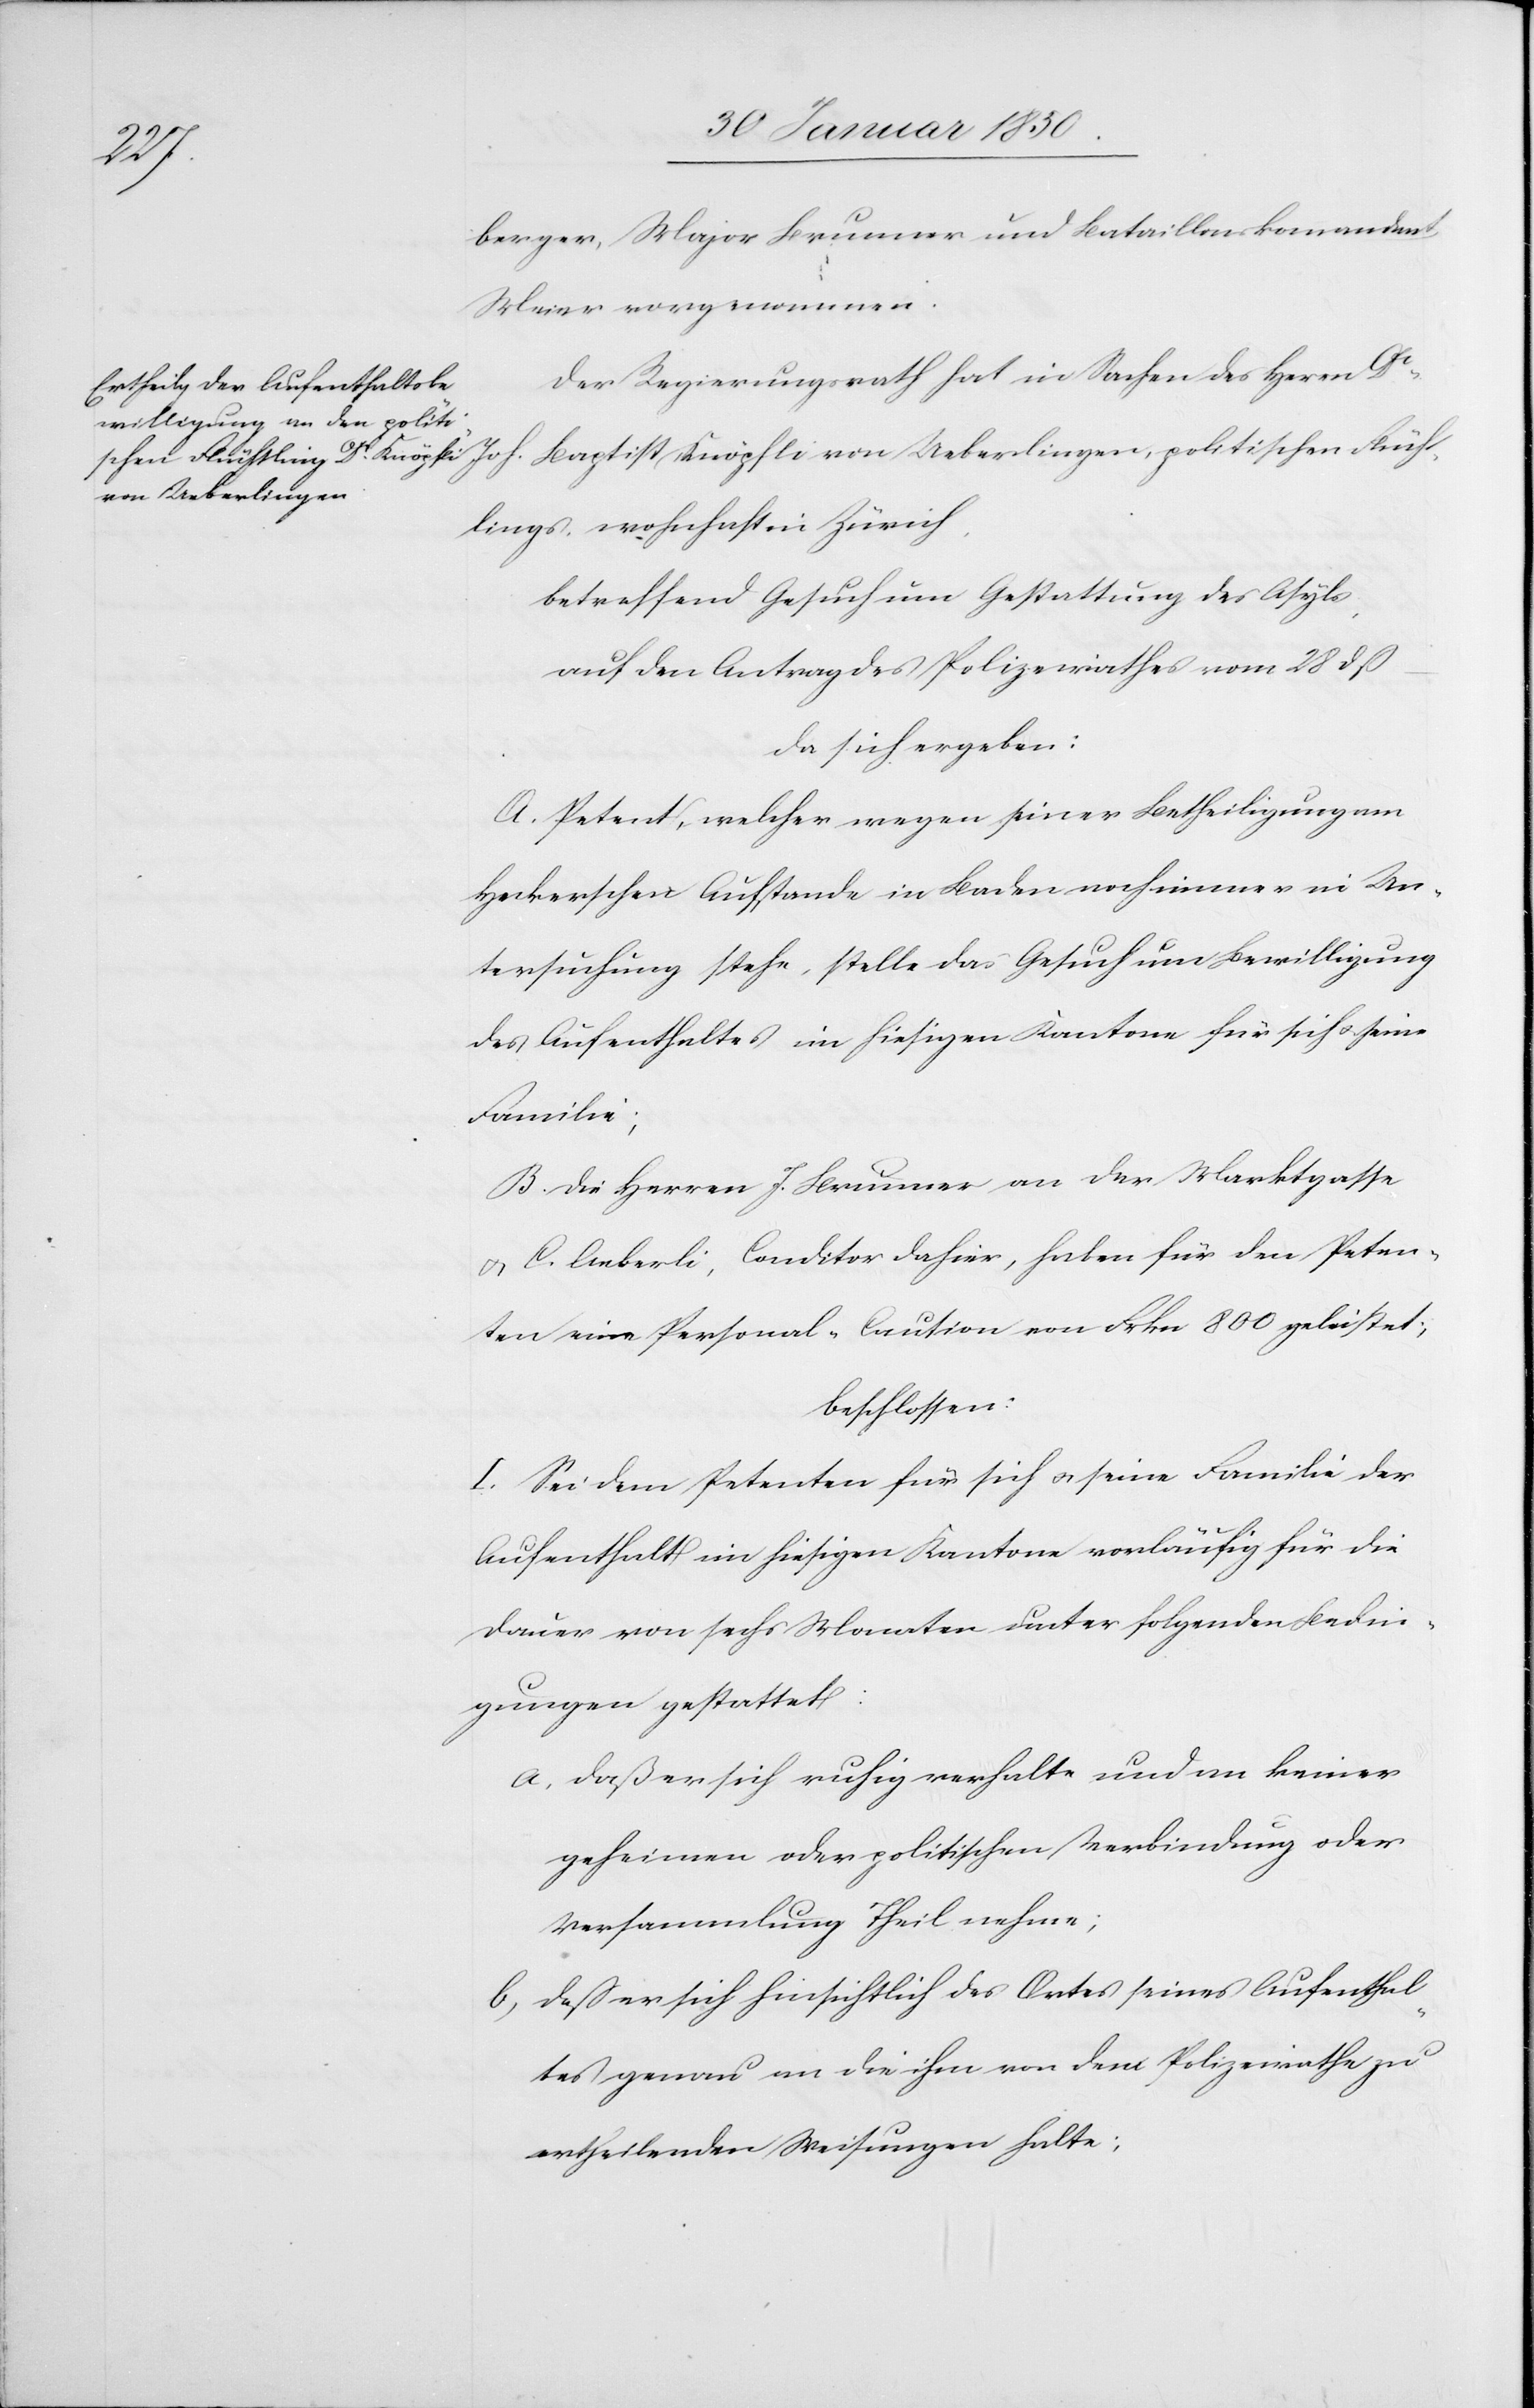
berger, Major Brunner und Bataillonskommandant
Der Regierungsrath hat in Sachen des Herrn Dr
Joh. Baptist Knöpfli von Ueberlingen, politischen Flücht¬
lings, wohnhaft in Zürich,
betreffend Gesuch um Gestattung des Asyls,
auf den Antrag des Polizeirathes vom 28 dß –
da sich ergeben:
A. Petent, welcher wegen seiner Betheiligung am
Heckerschen Aufstande in Baden noch immer in Un¬
tersuchung stehe, stelle das Gesuch um Bewilligung
des Aufenthaltes im hiesigem Kantone für sich u. seine
Familie;
B. Die Herren J. Brunner an der Marktgasse
u. C. Aeberli, Conditor dahier, haben für den Peten¬
ten eine Personal-Caution von Frkn 800 geleistet;
beschlossen:
I. Sei dem Petenten für sich u. seine Familie der
Aufenthalt im hiesigen Kantone vorläufig für die
Dauer von sechs Monaten unter folgenden Bedin¬
gungen gestattet:
a. Daß er sich ruhig verhalte und an keiner
geheimen oder politischen Verbindung oder
Versammlung Theil nehme;
b, Daß er sich hinsichtlich des Ortes seines Aufenthal¬
tes genau an die ihm von dem Polizeirathe zu
ertheilenden Weisungen halte;